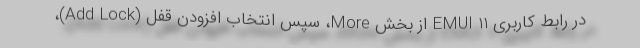
در رابط کاربری EMUI 11 از بخش More، سپس انتخاب افزودن قفل (Add Lock)،